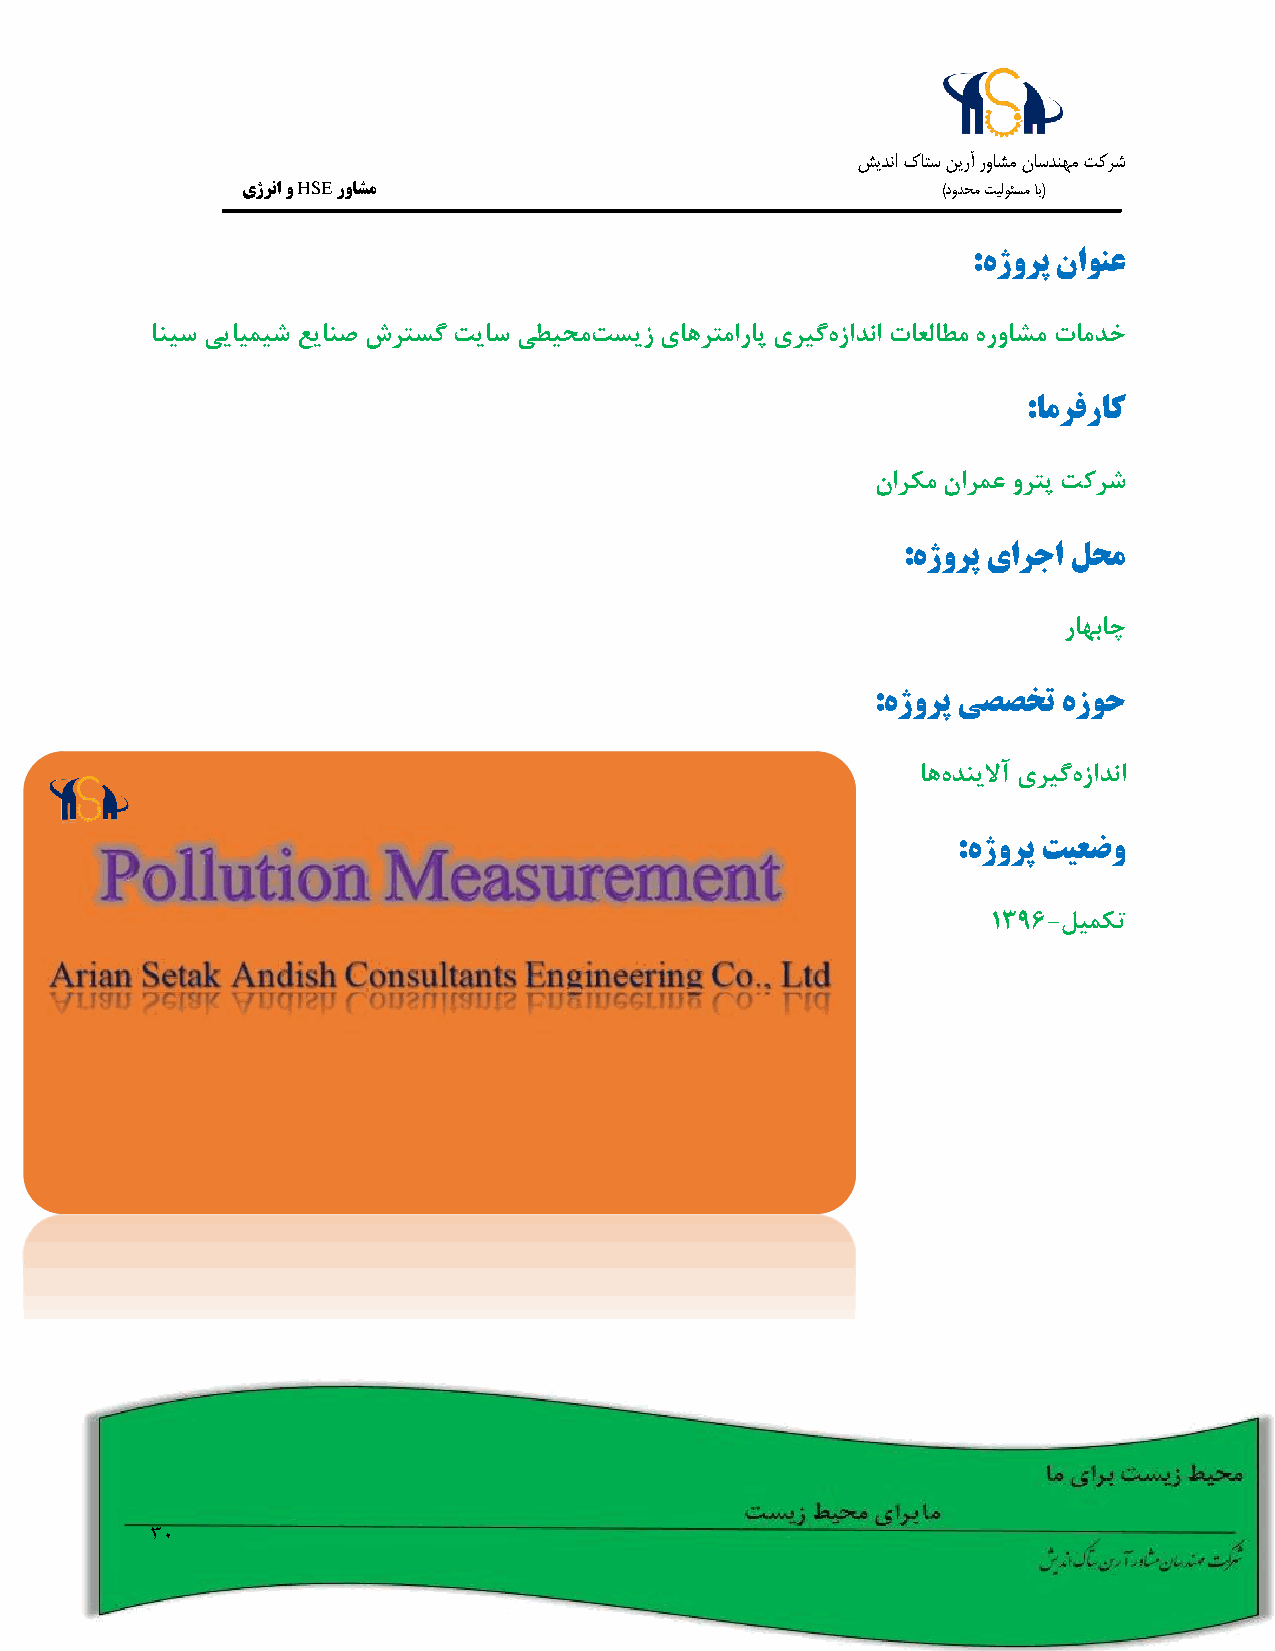
شيدنا كاتس نيرآ رواشم ناسدنهم تکرش
 یژرنا و HSE رواشم                             )دودحم تيلوئسم اب(
 :هژورپ ناونع
 انیس ییایمیش عیانص شرتسگ تیاس یطیحمتسیز یاهرتماراپ یریگهزادنا تاعلاطم هرواشم تامدخ
 :امرفراک
 نارکم نارمع ورتپ تکرش
 :هژورپ یارجا لحم
 راهباچ
 :هژورپ یصصخت هزوح
 اههدنیلاآ یریگهزادنا
 :هژورپ تیعضو
 1396-لیمکت
 30